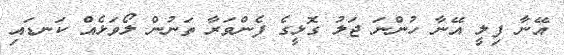
އޭނާ ފިލީ އޭނާ ހުންނަ ޖަލު ގޮޅީގެ ފެންވަރާ ތަނުން ލޯވަޅެއް ކަނޑައި